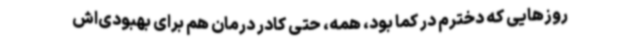
روزهایی که دخترم در کما بود، همه، حتی کادر درمان هم برای بهبودی‌اش